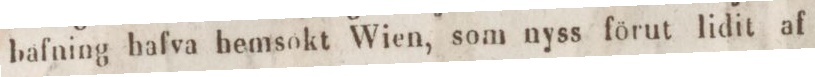
bafning hafva hemsokt Wien, som nyss förut lidit af